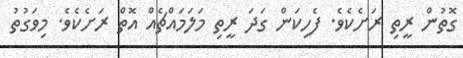
ގޮތުން ރީތި ރަށެކެވެ. ފެހިކަން ގަދަ ރީތި މަލަމައްޗެއް އޮތް ރަށެކެވެ. މިވަގުތު